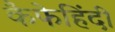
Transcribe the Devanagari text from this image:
कैफेहिंदी